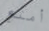
أمتع